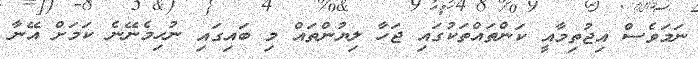
ނަމަވެސް އިޖުތިމާއީ ކަންތައްތަކުގައި ޖަހާ ލިޔުންތައް މި ބައިގައި ނުހިމެނޭނެ ކަމަށް އޭނާ